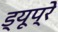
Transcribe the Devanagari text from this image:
ड्यूप्रे